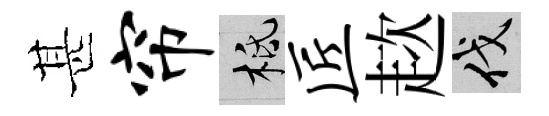
甚帘柢匠趑伐